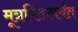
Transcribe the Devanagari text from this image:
मूत्रपिंडापर्यंत